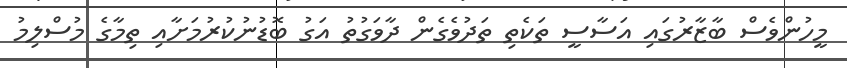
މީހުންވެސް ބާޒާރުގައި އަސާސީ ތަކެތި ތަދުވެގެން ދާވަގުތު އަގު ބޮޑުނުކުރުމަށާއި ތިމާގެ މުސްލިމު